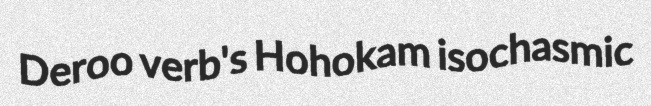
Deroo verb's Hohokam isochasmic